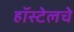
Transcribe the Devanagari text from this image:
हॉस्टेलचे